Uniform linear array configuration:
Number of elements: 8
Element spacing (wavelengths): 0.75
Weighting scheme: hann
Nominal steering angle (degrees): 60
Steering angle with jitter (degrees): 59.329
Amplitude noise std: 0.05
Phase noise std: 0.05

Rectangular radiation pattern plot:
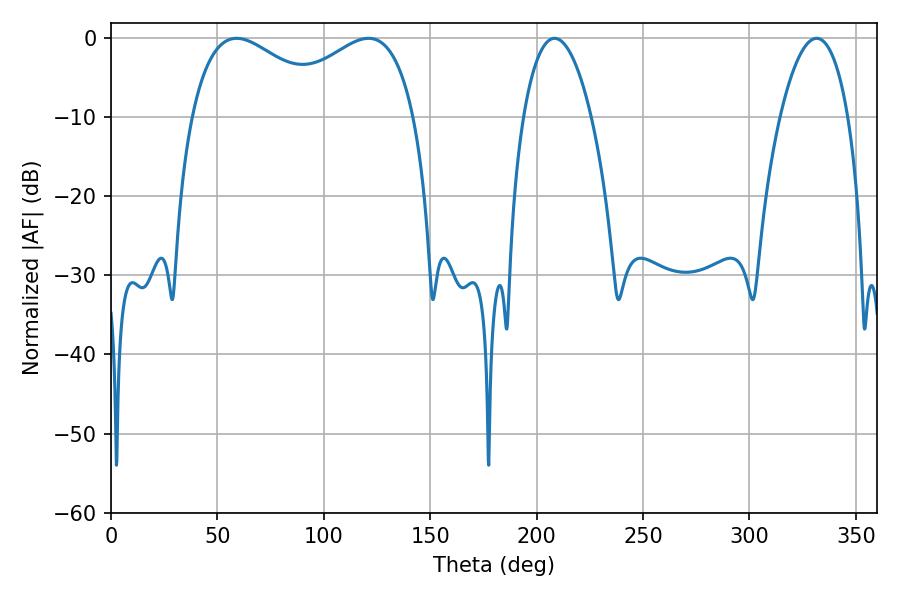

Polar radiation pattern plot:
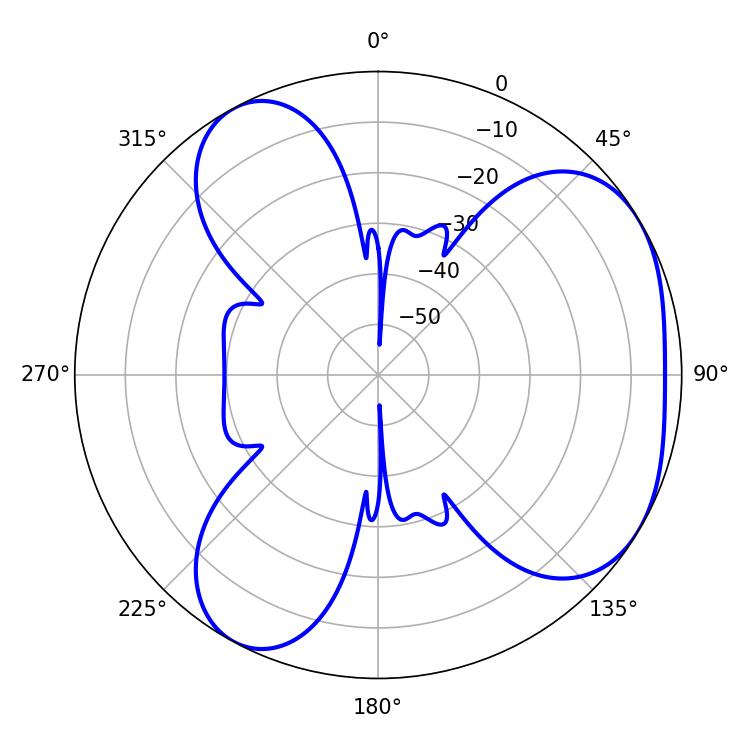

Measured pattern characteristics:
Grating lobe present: TRUE
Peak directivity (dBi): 4.297
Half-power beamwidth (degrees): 17.82
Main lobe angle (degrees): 208.44